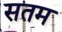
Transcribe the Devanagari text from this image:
सतम